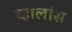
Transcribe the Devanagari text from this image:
व्हालांस